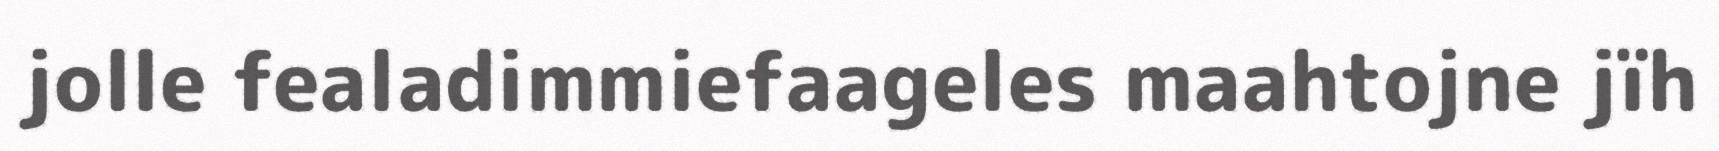
jolle fealadimmiefaageles maahtojne jïh